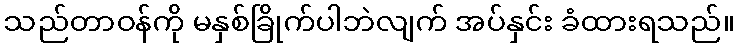
သည်တာဝန်ကို မနှစ်ခြိုက်ပါဘဲလျက် အပ်နှင်း ခံထားရသည်။